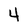
Character: 4